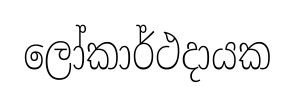
ලෝකාර්ථදායක